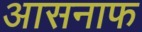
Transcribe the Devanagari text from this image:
आसनाफ